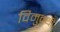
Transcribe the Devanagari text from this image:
विमुक्थी